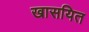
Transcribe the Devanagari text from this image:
खासयित